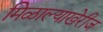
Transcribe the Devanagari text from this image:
मिळाल्याखेरीज